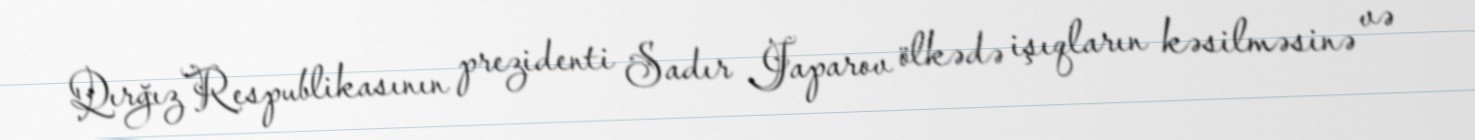
Qırğız Respublikasının prezidenti Sadır Japarov ölkədə işıqların kəsilməsinə və